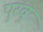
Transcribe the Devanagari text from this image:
पुरवु